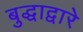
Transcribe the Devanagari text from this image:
बुद्धाद्वारे